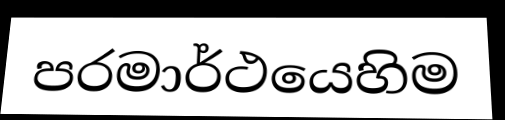
පරමාර්ථයෙහිම